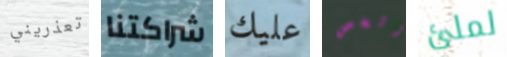
تعذريني شراكتنا عليك وشخص لملئ